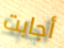
أجابت